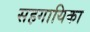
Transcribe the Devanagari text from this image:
सहगायिका